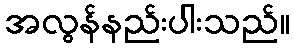
အလွန်နည်းပါးသည်။